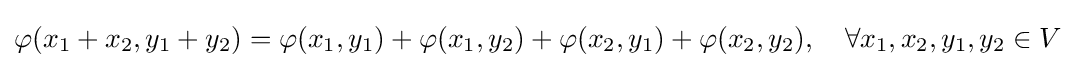
\varphi (x_{1}+x_{2},y_{1}+y_{2})=\varphi (x_{1},y_{1})+\varphi (x_{1},y_{2})+\varphi (x_{2},y_{1})+\varphi (x_{2},y_{2}),\quad \forall x_{1},x_{2},y_{1},y_{2}\in V